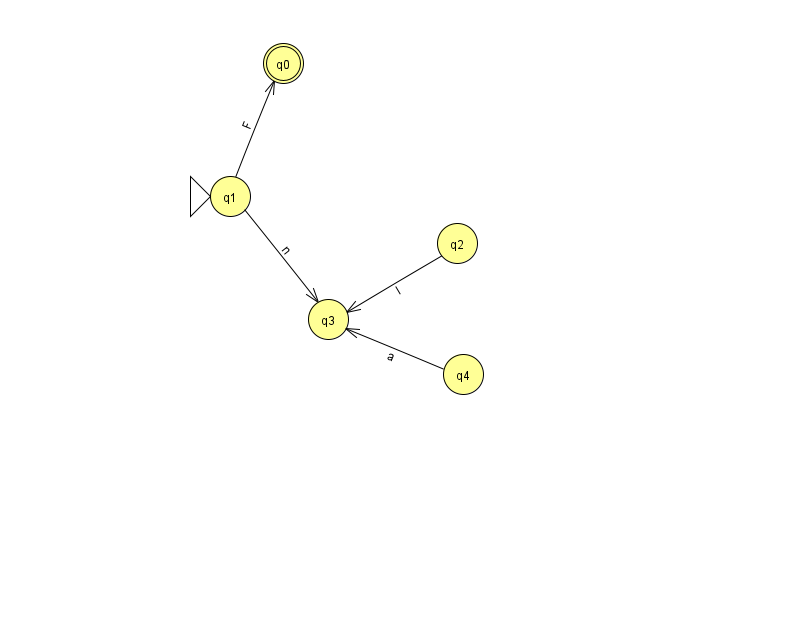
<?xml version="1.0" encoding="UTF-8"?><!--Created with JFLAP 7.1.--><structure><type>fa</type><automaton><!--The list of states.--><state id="0" name="q0"><x>283.0</x><y>50.0</y><final/></state><state id="1" name="q1"><x>230.0</x><y>183.0</y><initial/></state><state id="2" name="q2"><x>457.0</x><y>230.0</y></state><state id="3" name="q3"><x>328.0</x><y>306.0</y></state><state id="4" name="q4"><x>463.0</x><y>361.0</y></state><!--The list of transitions.--><transition><from>1</from><to>0</to><read>F</read></transition><transition><from>1</from><to>3</to><read>n</read></transition><transition><from>4</from><to>3</to><read>a</read></transition><transition><from>2</from><to>3</to><read>I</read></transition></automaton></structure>